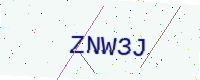
Text: ZNW3J